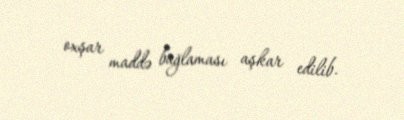
oxşar maddə bağlaması aşkar edilib.